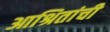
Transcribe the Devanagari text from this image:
आश्रितांची